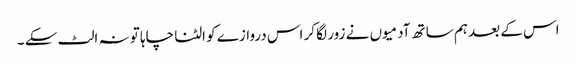
اس کے بعد ہم ساتھ آدمیوں نے زور لگا کر اس دروازے کو الٹنا چاہا تو نہ الٹ سکے ۔